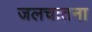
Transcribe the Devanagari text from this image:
जलचातना